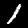
Digit: 1